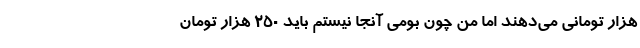
هزار تومانی می‌دهند اما من چون بومی آنجا نیستم باید 250 هزار تومان